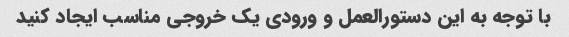
با توجه به این دستورالعمل و ورودی یک خروجی مناسب ایجاد کنید